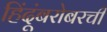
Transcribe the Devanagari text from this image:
हिंदूंबरोबरची